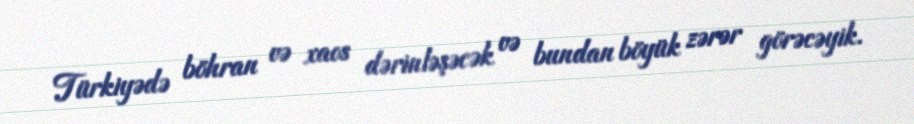
Türkiyədə böhran və xaos dərinləşəcək və bundan böyük zərər görəcəyik.